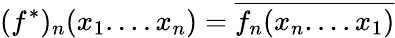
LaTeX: (f^{*})_{n}(x_{1}....x_{n})=\overline{{{f_{n}(x_{n}....x_{1})}}}